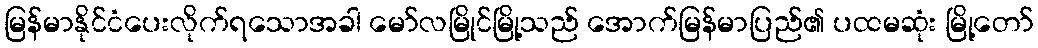
မြန်မာနိုင်ငံပေးလိုက်ရသောအခါ မော်လမြိုင်မြို့သည် အောက်မြန်မာပြည်၏ ပထမဆုံး မြို့တော်